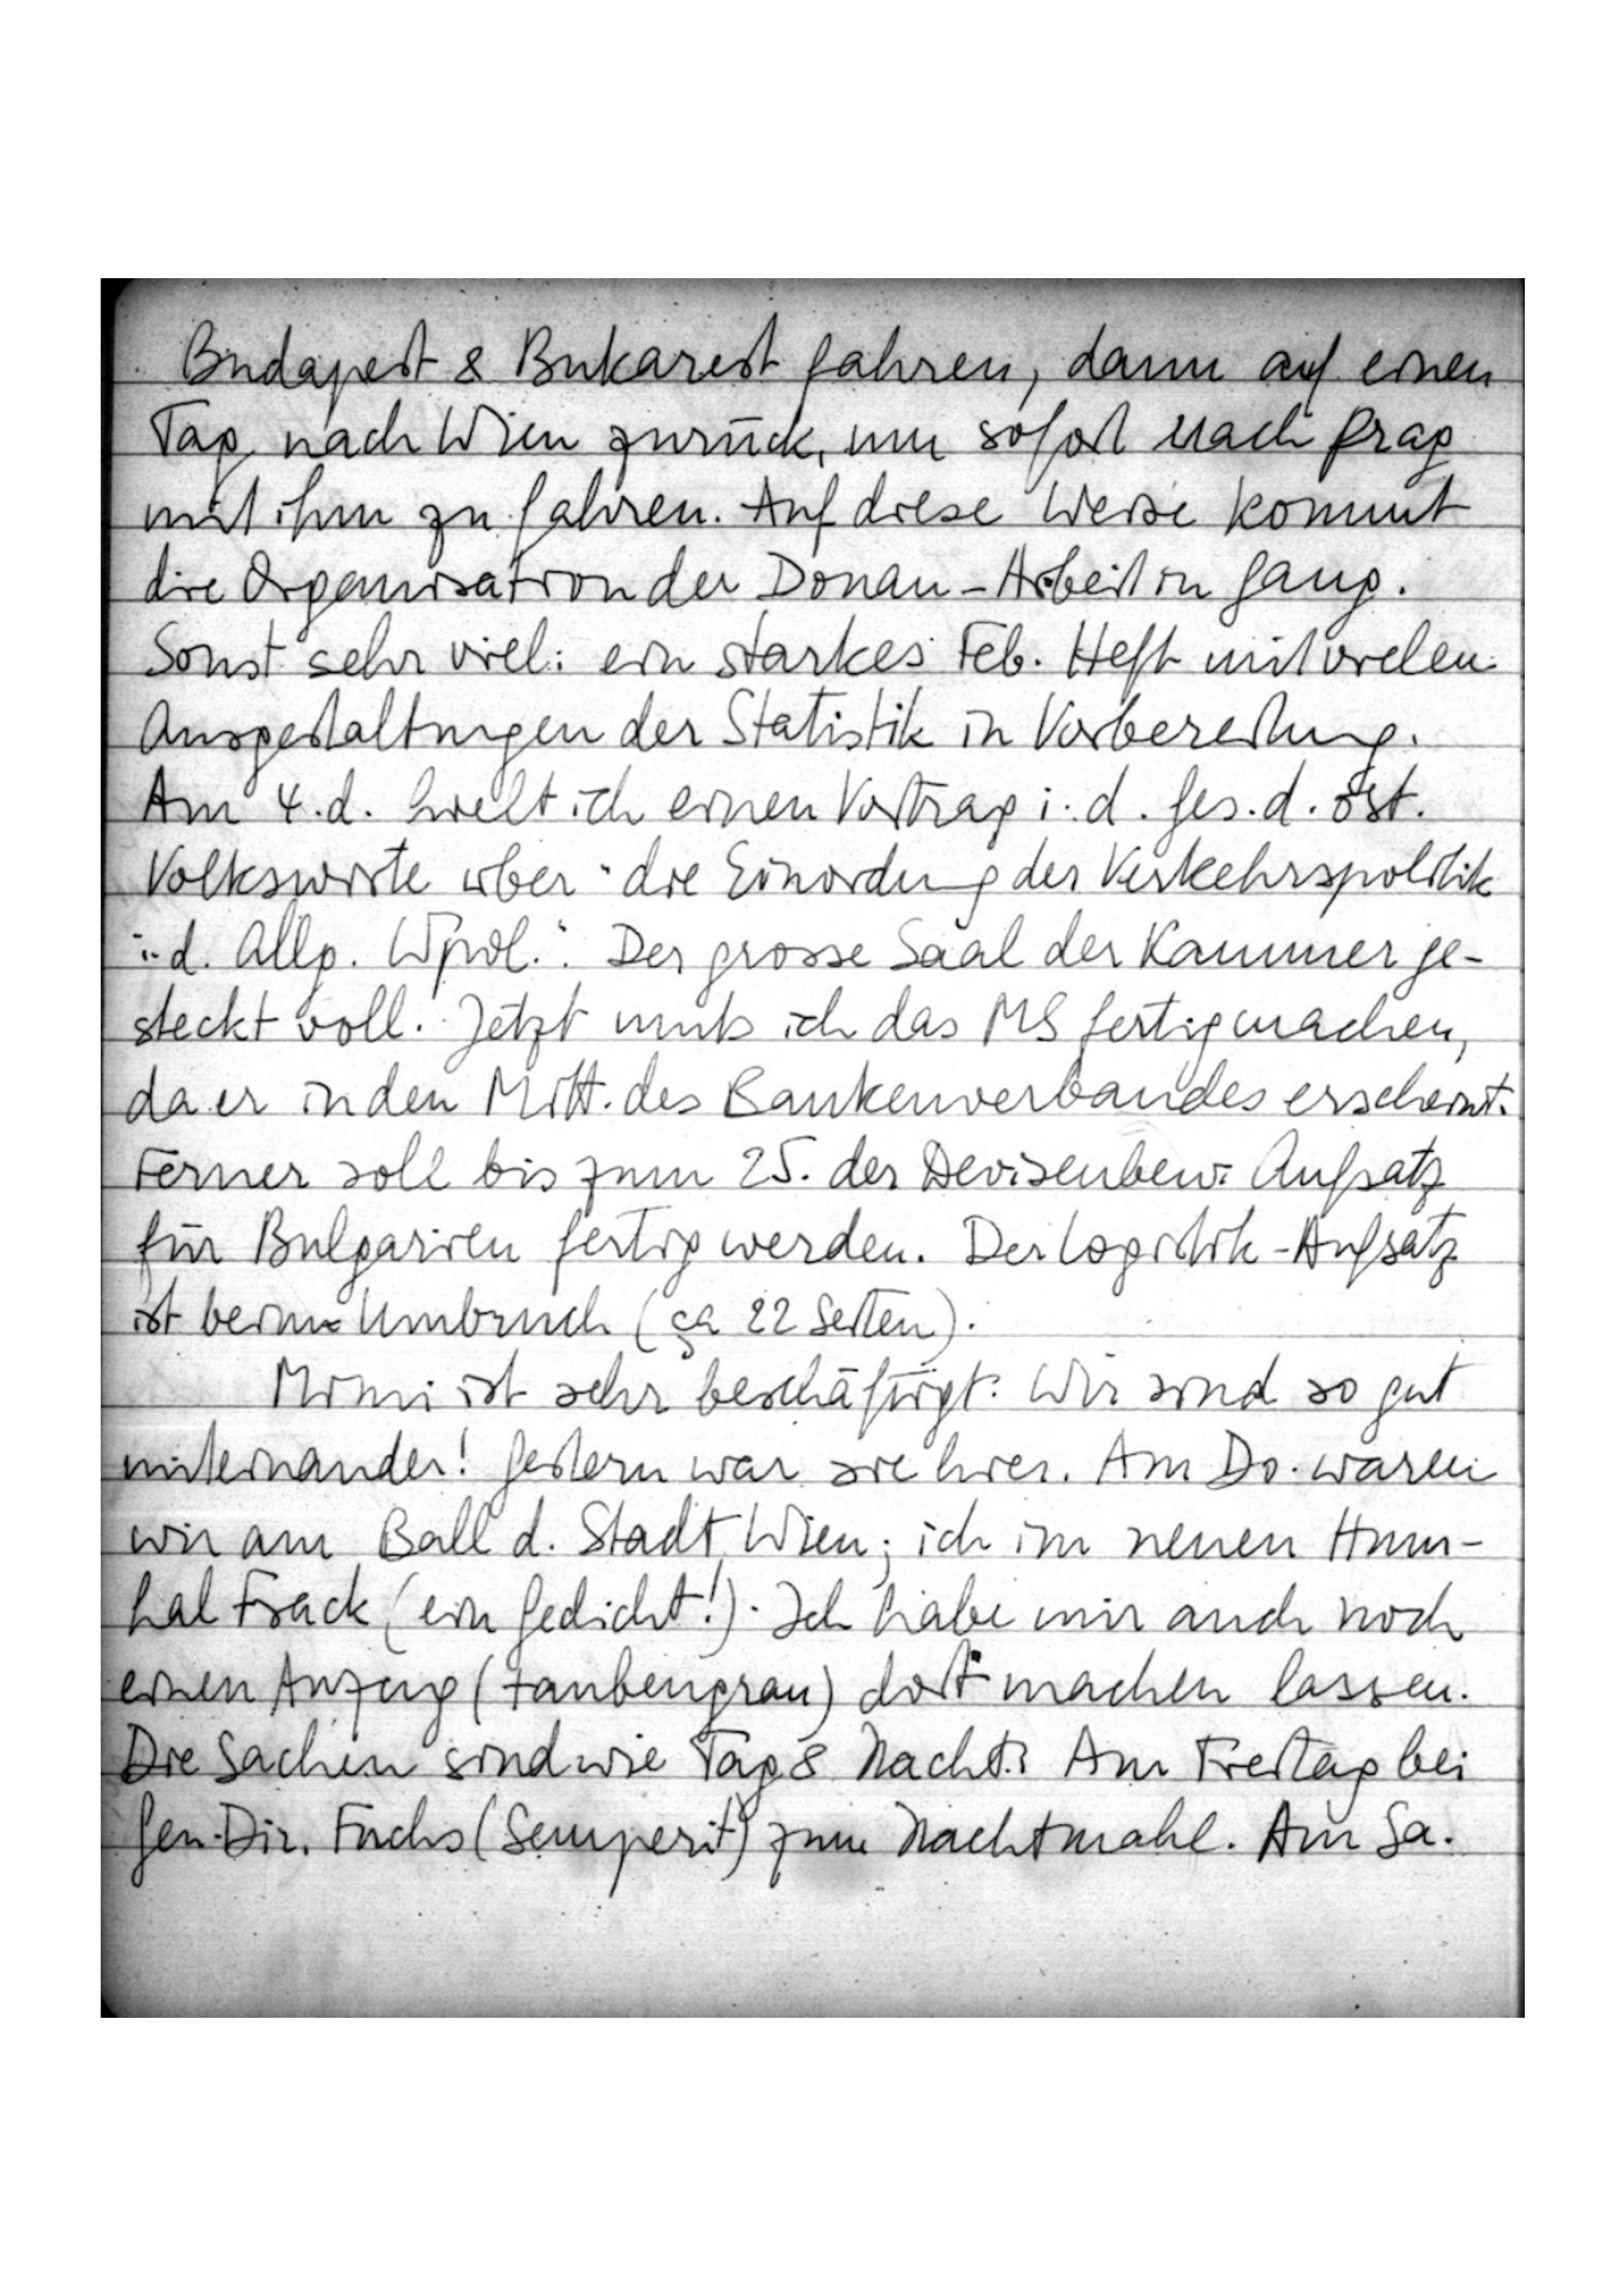
Budapest & Bukarest fahren, dann auf einen
Tag nach Wien zurück, um sofort nach Prag
mit ihm zu fahren. Auf diese Weise kommt
die Organisation der Donau-Arbeit in Gang.
Sonst sehr viel: ein starkes Feb. Heft mit vielen
Ausgestaltungen der Statistik in Vorbereitung
Am 4. d. hielt ich einen Vortrag i. d. Ges. d. öst.
Volkswirte über „die Einordnung der Verkehrspolitik
in d. Allg. Wpol.“. Der grosse Saal der Kammer ge-
steckt voll. Jetzt muß ich das MS fertig machen,
da er in den Mitt. des Bankenverbandes erscheint.
Ferner soll bis zum 25. der Devisenbew. Aufsatz
für Bulgarien fertig werden. Der Logistik-Aufsatz
ist beim Umbruch (ca 22 Seiten).
Mimi ist sehr beschäftigt: Wir sind so gut
miteinander! Gestern war sie hier. Am Do. waren
wir am Ball d. Stadt Wien; ich im neuen Haus-
hal Frack (ein Gedicht!). Ich habe mir auch noch
einen Anzug (taubengrau) dort machen lassen.
Die Sachen sind wie Tag & Nacht. Am Freitag bei
Gen. Dir. Fuchs (Semperit) zum Nachtmahl. Am Sa.